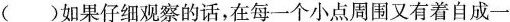
（）如果仔细观察的话，在每一个小点周围又有着自成一